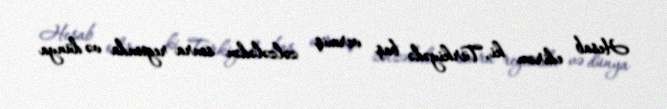
Hesab edirəm ki, Türkiyədə baş vermiş zəlzələdən sonra regionda və dünya